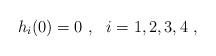
LaTeX: \begin{align*}h_i (0) = 0 \ , \ \ i=1,2,3,4 \ ,\end{align*}